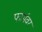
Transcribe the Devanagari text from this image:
फार्मवर